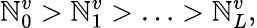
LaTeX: \mathbb{N}_{0}^{v}>\mathbb{N}_{1}^{v}>\ldots>\mathbb{N}_{L}^{v},